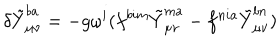
\delta \tilde { Y } _ { \mu \nu } ^ { b a } = - g \omega ^ { i } ( f ^ { b i m } \tilde { Y } _ { \mu \nu } ^ { m a } - f ^ { n i a } \tilde { Y } _ { \mu \nu } ^ { b n } )